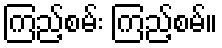
ကြည့်စမ်း ကြည့်စမ်။